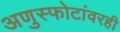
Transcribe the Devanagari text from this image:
अणुस्फोटांवरही